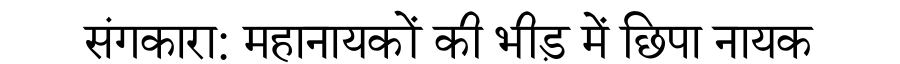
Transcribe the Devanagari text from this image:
संगकारा: महानायकों की भीड़ में छिपा नायक